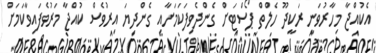
އެކުއްޖާ މިހާރުވަނީ ރަކީދޫ ހެލްތް ޕޯސްޓަށް ގެންދެވިފަކަމަށާއި ގެންދިޔަ އިރުވެސް ކުއްޖާ މަރުވެފައިވާކަމަށް